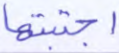
اجتبيتها